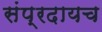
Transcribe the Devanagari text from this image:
संप्रदायच